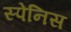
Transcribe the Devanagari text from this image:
स्पेनिस